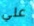
علي